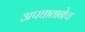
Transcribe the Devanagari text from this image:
अपघातानेच